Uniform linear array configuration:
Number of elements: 4
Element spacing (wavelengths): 1
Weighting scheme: exponential
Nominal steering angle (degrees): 0
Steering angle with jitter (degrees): -1.384
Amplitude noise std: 0.05
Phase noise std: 0.05

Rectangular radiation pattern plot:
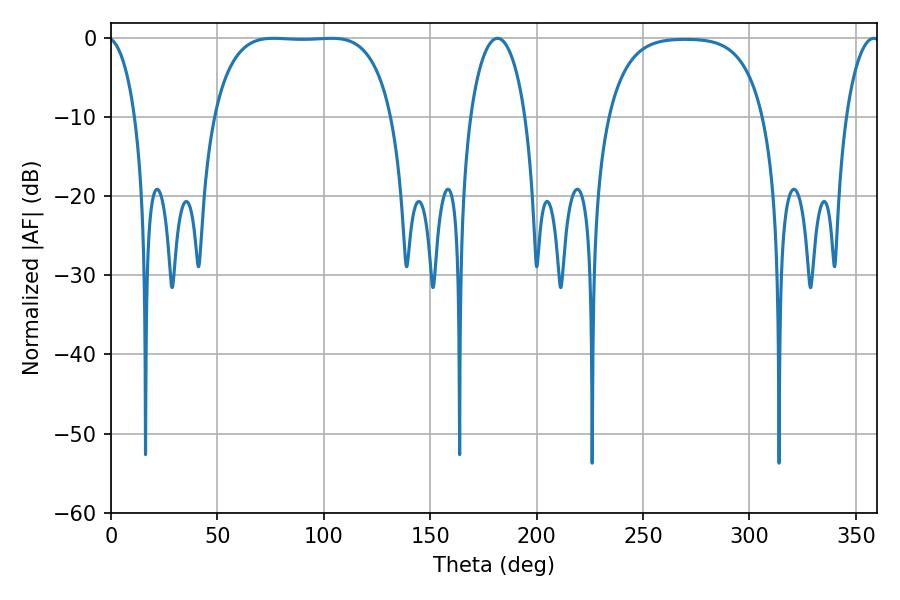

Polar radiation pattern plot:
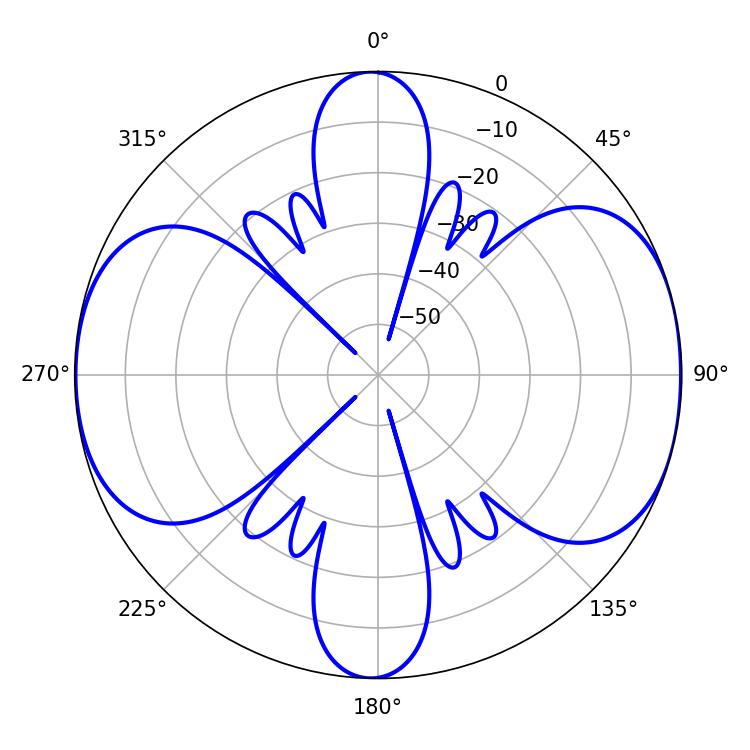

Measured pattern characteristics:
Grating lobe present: TRUE
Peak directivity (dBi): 9.816
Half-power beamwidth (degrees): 14.76
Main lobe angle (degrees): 181.62